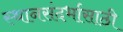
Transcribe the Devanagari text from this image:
स्थानसंदर्भासाठी